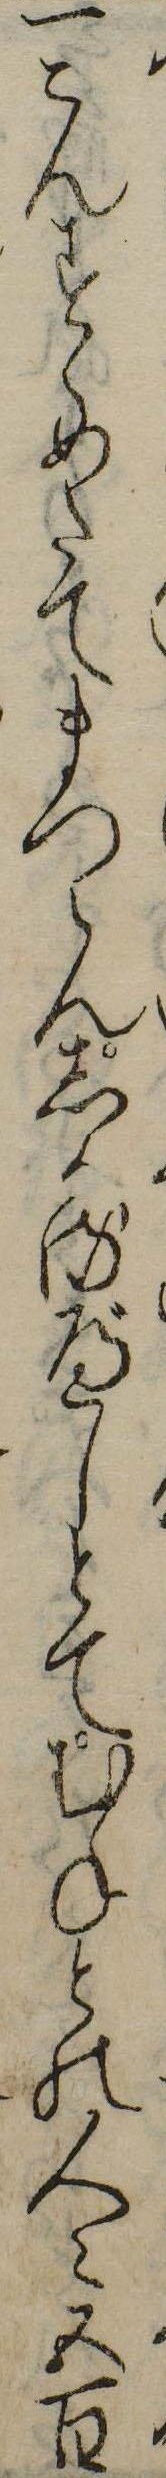
一こんすゝめたてまつらんしかるべしとてむねとの人々五百